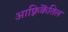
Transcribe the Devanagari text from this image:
आफ़्रिकॆतिल